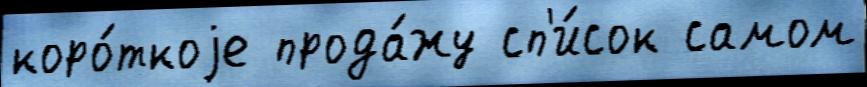
коро́ткоjе прода́жу сп'и́сок самом